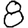
Digit: 8